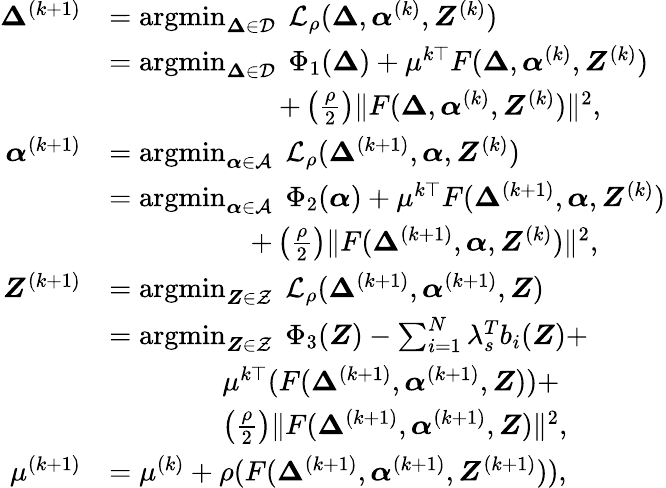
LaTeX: \begin{array}{rl}{\boldsymbol{\Delta}^{(k+1)}}&{=\operatorname{argmin}_{\boldsymbol{\Delta}\in\mathcal{D}}\; \mathcal{L}_{\rho}(\boldsymbol{\Delta},\boldsymbol{\alpha}^{(k)},\boldsymbol{Z}^{(k)})}\\ &{=\operatorname{argmin}_{\boldsymbol{\Delta}\in\mathcal{D}}\; \Phi_{1}(\boldsymbol{\Delta})+\mu^{k\top}F(\boldsymbol{\Delta},\boldsymbol{\alpha}^{(k)},\boldsymbol{Z}^{(k)})}\\ &{\quad\quad\quad\quad\quad\quad+\left(\frac{\rho}{2}\right)\| F(\boldsymbol{\Delta},\boldsymbol{\alpha}^{(k)},\boldsymbol{Z}^{(k)})\| ^{2},}\\ {\boldsymbol{\alpha}^{(k+1)}}&{=\operatorname{argmin}_{\boldsymbol{\alpha}\in\mathcal{A}}\; \mathcal{L}_{\rho}(\boldsymbol{\Delta}^{(k+1)},\boldsymbol{\alpha},\boldsymbol{Z}^{(k)})}\\ &{=\operatorname{argmin}_{\boldsymbol{\alpha}\in\mathcal{A}}\; \Phi_{2}(\boldsymbol{\alpha})+\mu^{k\top}F(\boldsymbol{\Delta}^{(k+1)},\boldsymbol{\alpha},\boldsymbol{Z}^{(k)})}\\ &{\quad\quad\quad\quad\quad+\left(\frac{\rho}{2}\right)\| F(\boldsymbol{\Delta}^{(k+1)},\boldsymbol{\alpha},\boldsymbol{Z}^{(k)})\| ^{2},}\\ {\boldsymbol{Z}^{(k+1)}}&{=\operatorname{argmin}_{\boldsymbol{Z}\in\mathcal{Z}}\; \mathcal{L}_{\rho}(\boldsymbol{\Delta}^{(k+1)},\boldsymbol{\alpha}^{(k+1)},\boldsymbol{Z})}\\ &{=\operatorname{argmin}_{\boldsymbol{Z}\in\mathcal{Z}}\; \Phi_{3}(\boldsymbol{Z})-\sum_{i=1}^{N}\lambda_{s}^{T}b_{i}(\boldsymbol{Z})+}\\ &{\quad\quad\quad\quad\mu^{k\top}(F(\boldsymbol{\Delta}^{(k+1)},\boldsymbol{\alpha}^{(k+1)},\boldsymbol{Z}))+}\\ &{\quad\quad\quad\quad\left(\frac{\rho}{2}\right)\| F(\boldsymbol{\Delta}^{(k+1)},\boldsymbol{\alpha}^{(k+1)},\boldsymbol{Z})\| ^{2},}\\ {\mu^{(k+1)}}&{=\mu^{(k)}+\rho(F(\boldsymbol{\Delta}^{(k+1)},\boldsymbol{\alpha}^{(k+1)},\boldsymbol{Z}^{(k+1)})),}\end{array}